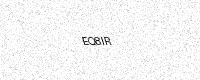
Text: EQ8IR